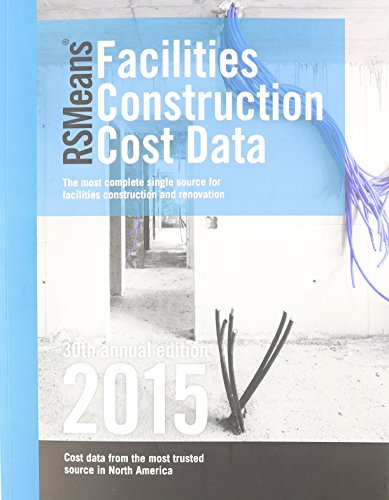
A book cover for Rsmeans Facilities Construction Cost Data; Arts & Photography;